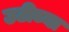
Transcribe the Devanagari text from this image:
उटीच्या